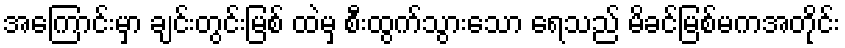
အကြောင်းမှာ ချင်းတွင်းမြစ် ထဲမှ စီးထွက်သွားသော ရေသည် မိခင်မြစ်မကအတိုင်း